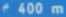
400 m